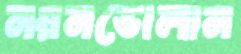
নয়নভোলান